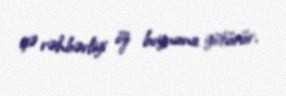
işə rəhbərliyi öz boynuna götürür.